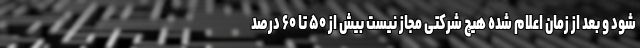
شود و بعد از زمان اعلام شده هیچ شرکتی مجاز نیست بیش از ۵۰ تا ۶۰ درصد